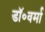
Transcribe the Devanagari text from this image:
डॉ॰वर्मा